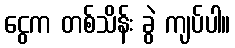
ငွေက တစ်သိန်း ခွဲ ကျပ်ပါ။